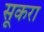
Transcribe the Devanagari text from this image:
सूकरा